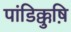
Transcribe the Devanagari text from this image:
पांडिक्कुष़ि